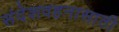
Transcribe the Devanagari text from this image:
संदेशवहनासाठी